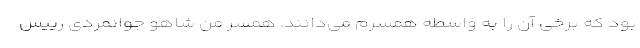
بود که برخی آن را به واسطه همسرم می‌دانند. همسر من شاهو جوانمردی رییس